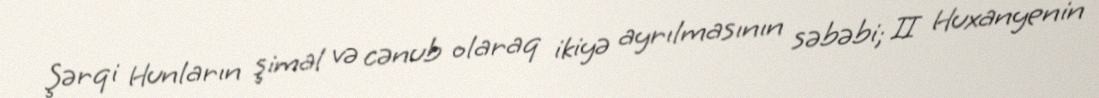
Şərqi Hunların şimal və cənub olaraq ikiyə ayrılmasının səbəbi; II Huxanyenin